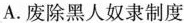
A.废除黑人奴隶制度